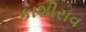
કાશીરાવ